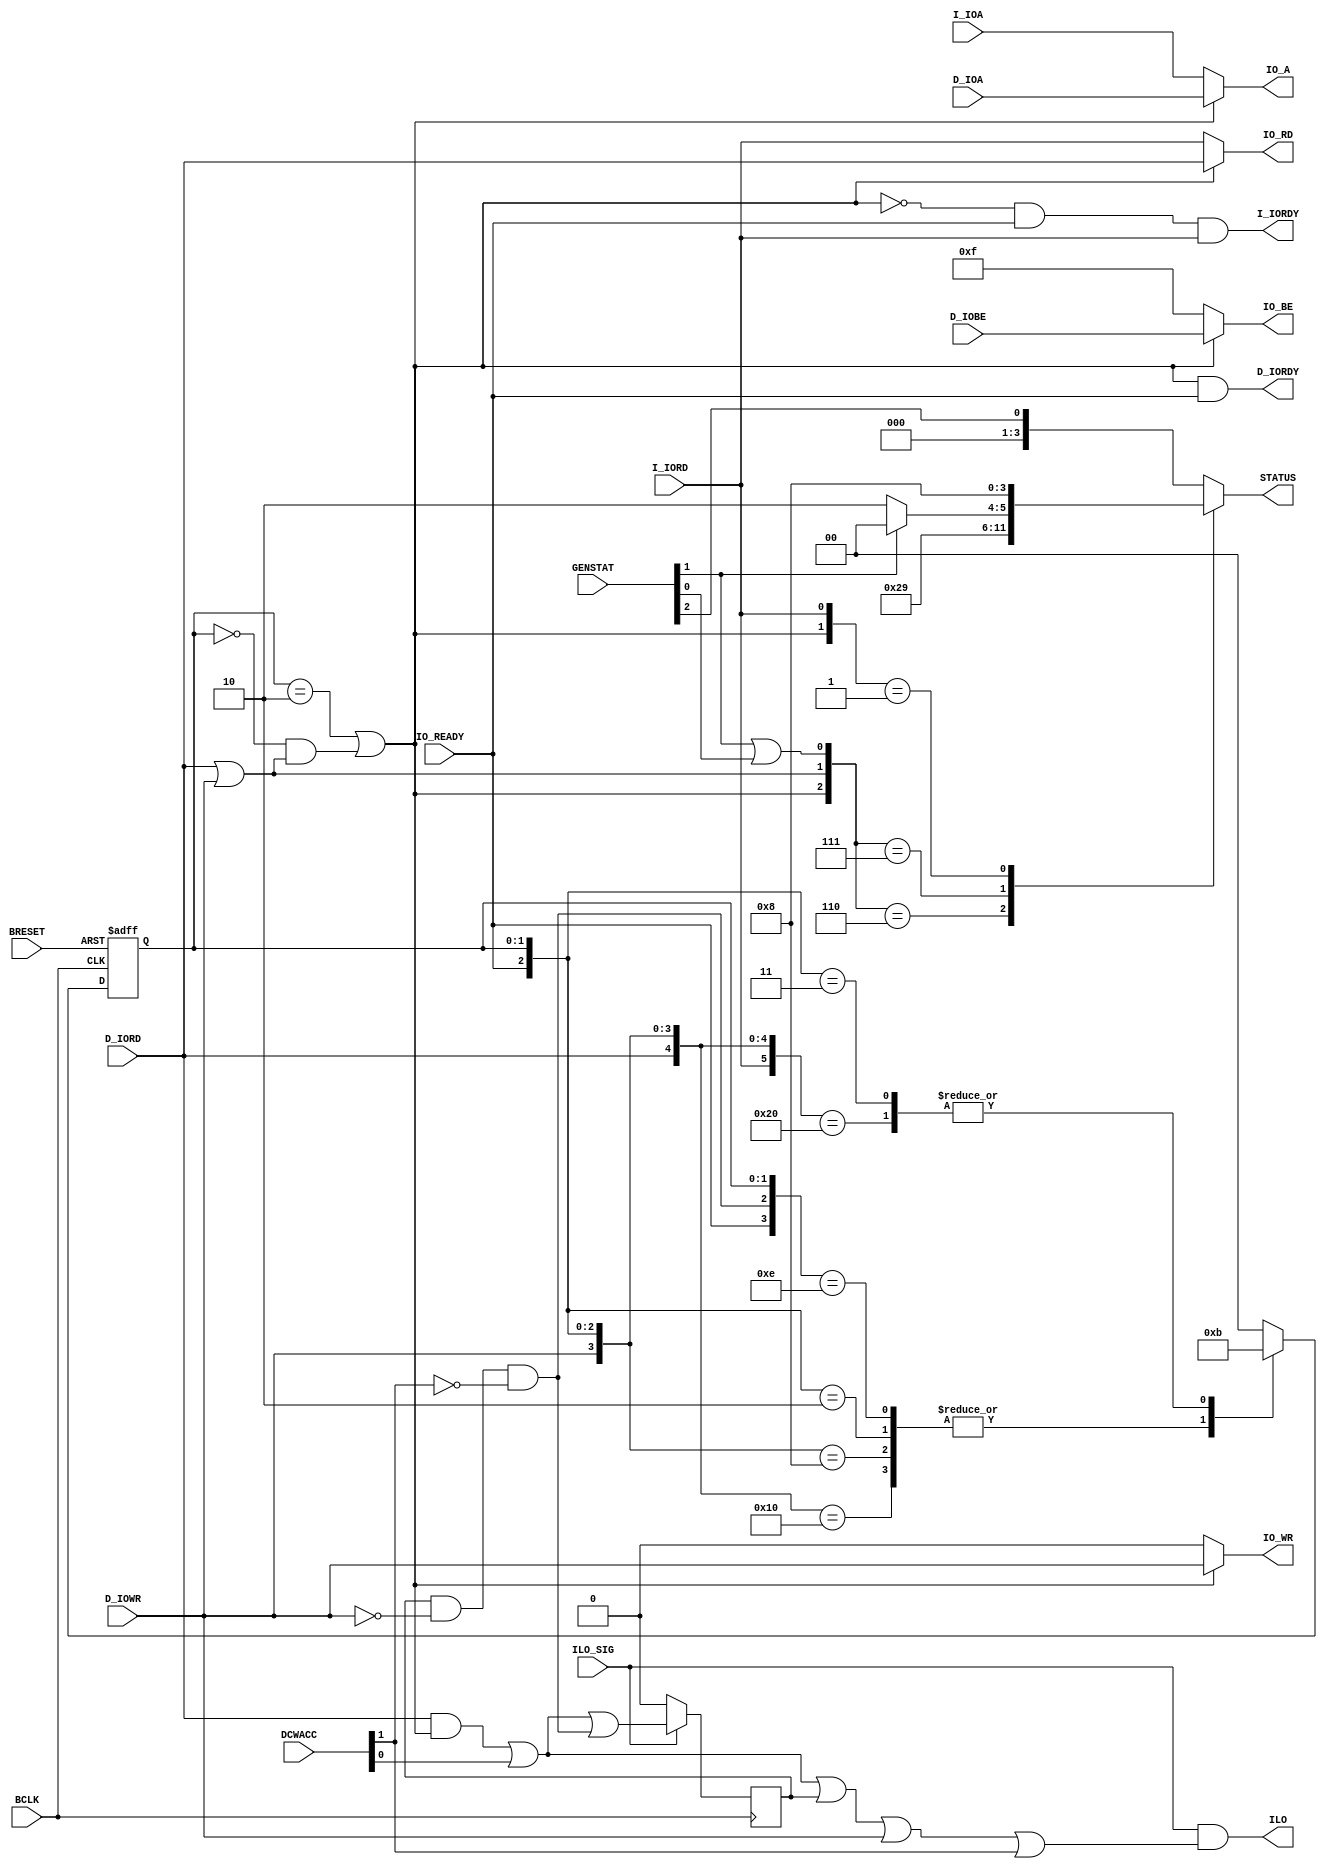
// This program was cloned from: https://github.com/TeamVoss/VossII
// License: Apache License 2.0

// ++++++++++++++++++++++++++++++++++++++++++++++++++++++++++++++++++++++++++++++++++++++++++++++++++
//
// This file is part of the M32632 project
// http://opencores.org/project,m32632
//
//	Version:	3.0
//	History:	1.0 first release of 30 Mai 2015
//
// Copyright (C) 2018 Udo Moeller
// 
// This source file may be used and distributed without 
// restriction provided that this copyright statement is not 
// removed from the file and that any derivative work contains 
// the original copyright notice and the associated disclaimer.
// 
// This source file is free software; you can redistribute it 
// and/or modify it under the terms of the GNU Lesser General 
// Public License as published by the Free Software Foundation;
// either version 2.1 of the License, or (at your option) any 
// later version. 
// 
// This source is distributed in the hope that it will be 
// useful, but WITHOUT ANY WARRANTY; without even the implied 
// warranty of MERCHANTABILITY or FITNESS FOR A PARTICULAR 
// PURPOSE. See the GNU Lesser General Public License for more 
// details. 
// 
// You should have received a copy of the GNU Lesser General 
// Public License along with this source; if not, download it 
// from http://www.opencores.org/lgpl.shtml 
// 
// ++++++++++++++++++++++++++++++++++++++++++++++++++++++++++++++++++++++++++++++++++++++++++++++++++
//
//	Modules contained in this file:
//	1. IO_SWITCH	Switch between ICACHE and DCACHE to IO Path
//	2. MAKE_STAT	Generate Statistic Signals
//
// ++++++++++++++++++++++++++++++++++++++++++++++++++++++++++++++++++++++++++++++++++++++++++++++++++

// ++++++++++++++++++++++++++++++++++++++++++++++++++++++++++++++++++++++++++++++++++++++++++++++++++
//
//	1. IO_SWITCH	Switch between ICACHE and DCACHE to IO Path
//
// ++++++++++++++++++++++++++++++++++++++++++++++++++++++++++++++++++++++++++++++++++++++++++++++++++
module IO_SWITCH ( BCLK, BRESET, I_IOA, D_IOA, I_IORD, D_IORD, D_IOWR, IO_READY, GENSTAT, D_IOBE, ILO_SIG, DCWACC,
				   IO_A, IO_RD, IO_WR, IO_BE, I_IORDY, D_IORDY, STATUS, ILO );

	input			BCLK,BRESET;
	input	[31:0]	I_IOA,D_IOA;
	input			I_IORD;
	input			D_IORD,D_IOWR;
	input	 [3:0]	D_IOBE;
	input			IO_READY;
	input	 [2:0]	GENSTAT;
	input			ILO_SIG;
	input	 [1:0]	DCWACC;
	
	output	[31:0]	IO_A;
	output			IO_RD,IO_WR;
	output	 [3:0]	IO_BE;
	output			I_IORDY;
	output			D_IORDY;
	output	 [3:0]	STATUS;
	output			ILO;
	
	reg		 [3:0]	STATUS;
	reg		 [1:0]	select;
	reg				ilo_flag;
	
	wire			daten;
	wire			sel_dp;
	wire			interrupt;
	wire			ilo_keep;
	
	assign daten = D_IORD | D_IOWR;

	// DCACHE has priority.
	always @(posedge BCLK or negedge BRESET)
		if (!BRESET) select <= 2'b0;
		  else
			casex ({I_IORD,D_IORD,D_IOWR,IO_READY,ilo_keep,select})
			  7'b000xx_00 : select <= 2'b00;
			  7'b1000x_00 : select <= 2'b11;
			  7'bx100x_00 : select <= 2'b10;
			  7'bxx10x_00 : select <= 2'b10;
			// the access has in the same cycle a READY !
			  7'b1001x_00 : select <= 2'b00;
			  7'bx101x_00 : select <= 2'b00;
			  7'bxx11x_00 : select <= 2'b00;
		 	// Datea Access
			  7'bxxx0x_10 : select <= 2'b10;
			  7'bxxx11_10 : select <= 2'b10;	// keep because of Interlocked
			  7'bxxx10_10 : select <= 2'b00;
			// Instruction Access	  
			  7'bxxx0x_11 : select <= 2'b11;	
			  7'bxxx1x_11 : select <= 2'b00;
			  default	  : select <= 2'b00;
			endcase
			
	assign sel_dp = (select == 2'b10) | ((select == 2'b00) & daten);
	
	assign IO_RD   =  sel_dp ? D_IORD : I_IORD;
	assign IO_WR   =  sel_dp ? D_IOWR : 1'b0;
	assign IO_A    =  sel_dp ? D_IOA  : I_IOA;
	assign IO_BE   =  sel_dp ? D_IOBE : 4'b1111;	// Instruction read always 32 Bit
	
	assign D_IORDY =  sel_dp & IO_READY;
	assign I_IORDY = ~sel_dp & IO_READY & I_IORD;

	assign interrupt = GENSTAT[1] | GENSTAT[0];
	
	always @(*)
		casex ({sel_dp,daten,interrupt,I_IORD})
		  4'b110x : STATUS = 4'hA;						// Daten
		  4'b111x : STATUS = GENSTAT[1] ? 4'h4 : 4'h6;	// Int Ack. : End of Int
		  4'b0xx1 : STATUS = 4'h8;						// Programm
		  default : STATUS = {3'd0,GENSTAT[2]};			// WAIT or Inactive
		endcase

	// +++++++++++  ILO Control  ++++++++++++++++++
	
	always @(posedge BCLK)
		if (!ILO_SIG) ilo_flag <= 1'b0; // Flag is set at read and cleared with write
		  else ilo_flag <= (D_IORD & sel_dp) | DCWACC[0] | ilo_keep;
		  
	assign ilo_keep = ilo_flag & ~D_IOWR & ~DCWACC[1];
		  
	assign ILO = ILO_SIG & ((D_IORD & sel_dp) | DCWACC[0] | ilo_flag | D_IOWR | DCWACC[1]);
	
endmodule

// ++++++++++++++++++++++++++++++++++++++++++++++++++++++++++++++++++++++++++++++++++++++++++++++++++
//
//	2. MAKE_STAT	Generate Statistic Signals
//
// ++++++++++++++++++++++++++++++++++++++++++++++++++++++++++++++++++++++++++++++++++++++++++++++++++
module MAKE_STAT ( BCLK, READ, DACC_OK, DC_ACC, DPTE_ACC, DC_MDONE, DRAM_WR, IC_READ, IACC_OK, DATA_HOLD,
				   IC_ACC, IPTE_ACC, IC_MDONE, KOLLISION, STATSIGS );

	input	BCLK;
	input	READ,DACC_OK;
	input	DC_ACC,DPTE_ACC,DC_MDONE;
	input	DRAM_WR;
	input	IC_READ,IACC_OK,DATA_HOLD;
	input	IC_ACC,IPTE_ACC,IC_MDONE;
	input	KOLLISION;
	
	output	reg [7:0]	STATSIGS;

	always @(posedge BCLK)
		begin
			STATSIGS[7] <= KOLLISION;						// 7 : from ICACHE : collisions
			STATSIGS[6] <= IPTE_ACC;						// 6 : Instruction PTE access
			STATSIGS[5] <= IC_ACC & IC_MDONE;				// 5 : Instruction Memory read
			STATSIGS[4] <= IC_READ & IACC_OK & ~DATA_HOLD;	// 4 : Instruction read , can be IO-Port too !
			STATSIGS[3] <= DRAM_WR;							// 3 : Data write
			STATSIGS[2] <= DPTE_ACC;						// 2 : Data PTE access
			STATSIGS[1] <= DC_ACC & DC_MDONE;				// 1 : Data Memory read
			STATSIGS[0] <= READ & DACC_OK;					// 0 : Data read , can be IO-Port too !
		end
		
endmodule